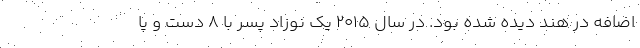
اضافه در هند دیده شده بود. در سال ۲۰۱۵ یک نوزاد پسر با ۸ دست و پا